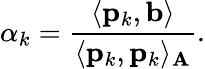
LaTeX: \alpha_{k}={\frac{\langle\mathbf{p}_{k},\mathbf{b}\rangle}{\langle\mathbf{p}_{k},\mathbf{p}_{k}\rangle_{\mathbf{A}}}}.